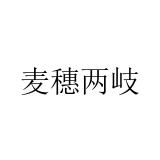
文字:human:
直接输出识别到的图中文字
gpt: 麦穗两岐